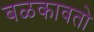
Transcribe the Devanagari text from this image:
बळकावतो